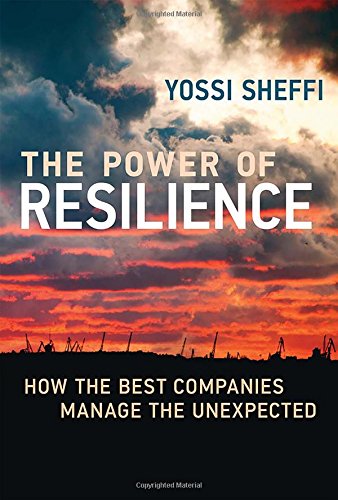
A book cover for The Power of Resilience: How the Best Companies Manage the Unexpected; Yossi Sheffi; Business & Money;